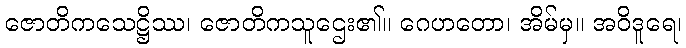
ဇောတိကသေဋ္ဌိဿ၊ ဇောတိကသူဌေး၏။ ဂေဟတော၊ အိမ်မှ။ အဝိဒူရေ၊